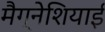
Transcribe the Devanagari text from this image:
मैग्नेशियाई